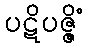
ပဋိပဇ္ဇိံ